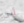
أنت